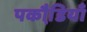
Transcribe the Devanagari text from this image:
पकौडि़याँ